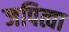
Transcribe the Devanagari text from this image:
जपित्वा